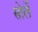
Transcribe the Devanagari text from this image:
सोर्ले